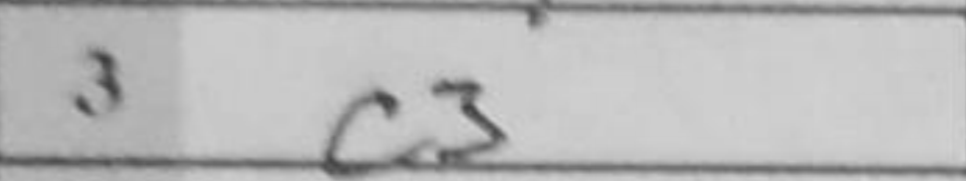
Transcription: c3